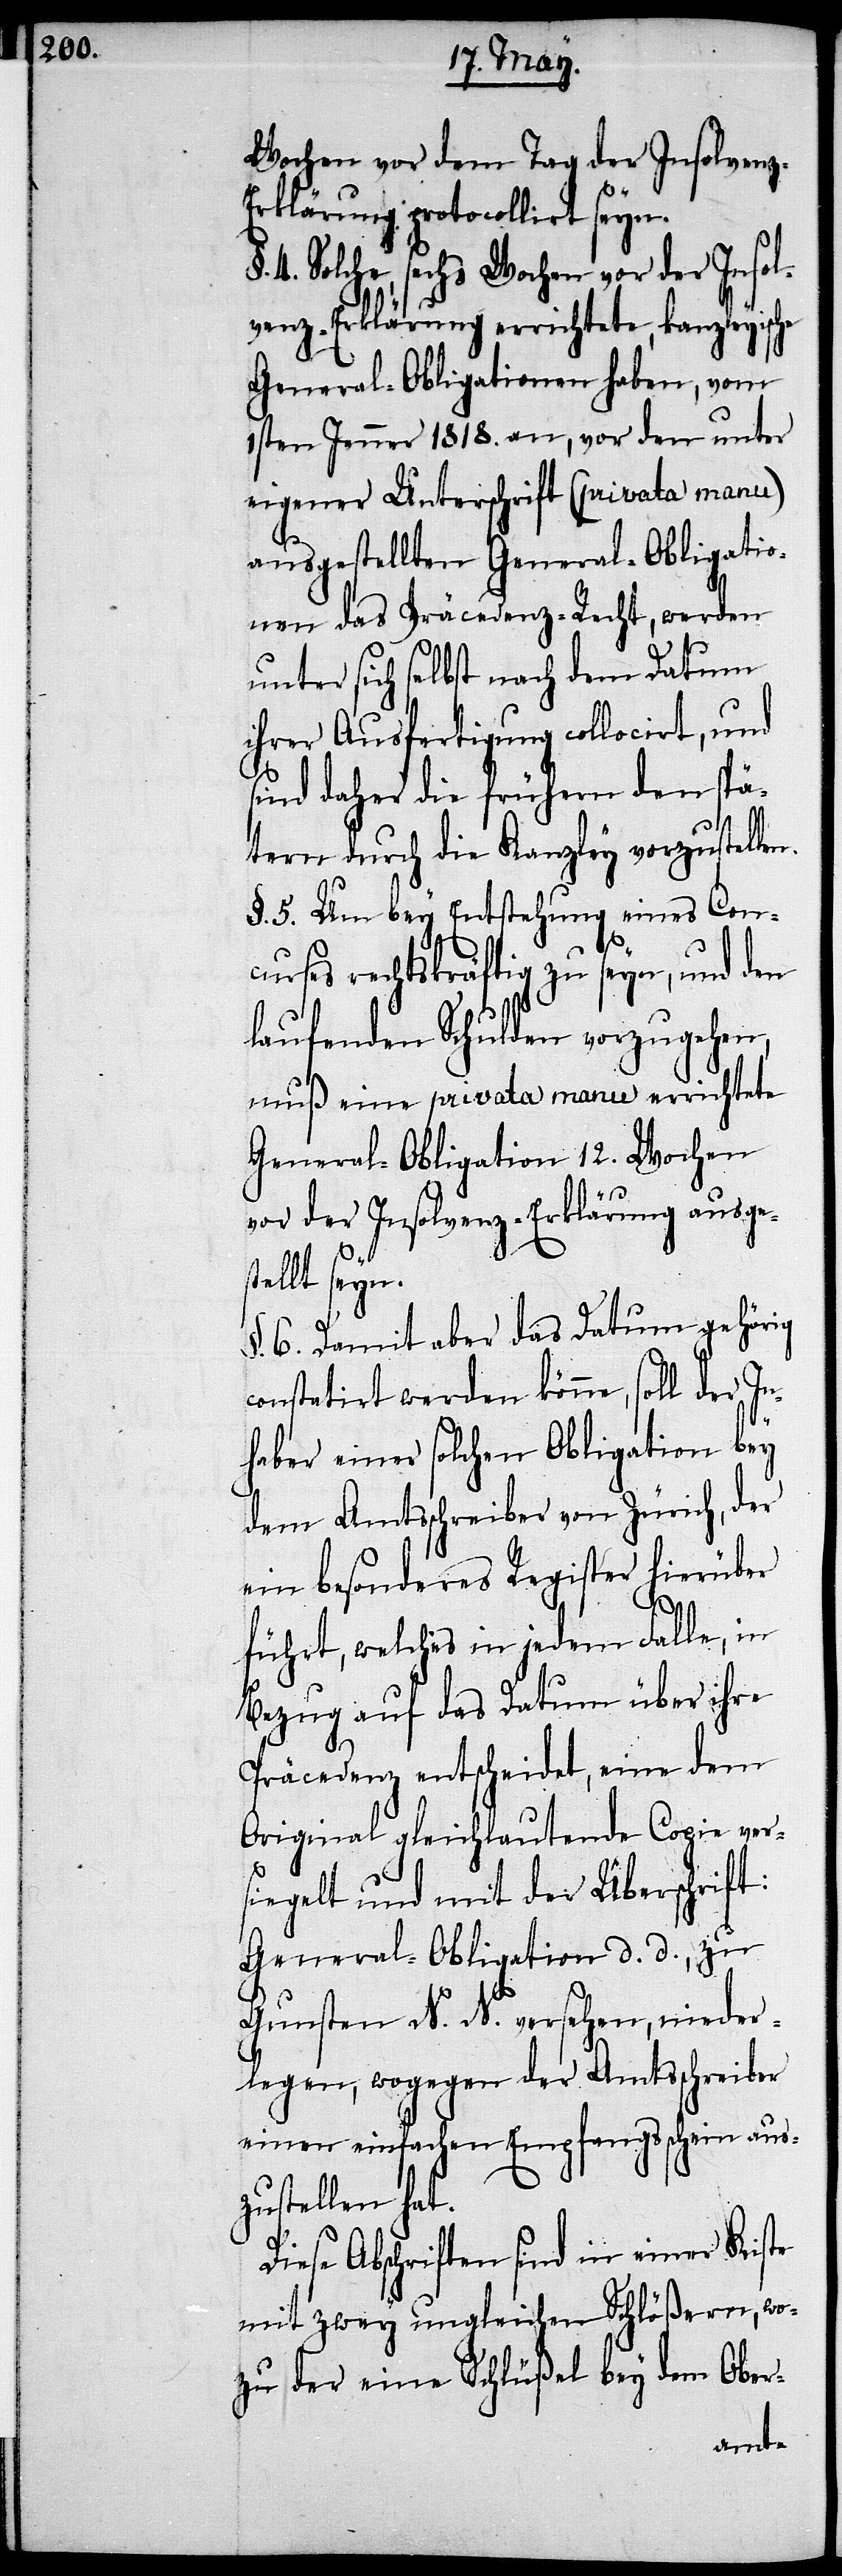
Wochen vor dem Tag der Insolven¬
z-Erklärung protocollirt seyn.
4. Solche, sechs Wochen vor der Insol¬
venz-Erklärung errichtete, kanzleyisc¬
General-Obligationen haben, vom
1sten Jenner 1818. an, vor den unter
eigener Unterschrift (privata manu)
ausgestellten General-Obligatio¬
nen des Präcedenz-Recht, werden
unter sich selbst nach dem Datum
ihrer Ausfertigung collocirt, und
sind daher die frühern den spä¬
tern durch die Kanzley vorzustelle¬
§. 5. Um bey Entstehung eines Con¬
curses rechtskräftig zu seyn, und den
laufenden Schulden vorzugehen,
muß eine privata manu errichtete
General-Obligation 12. Wochen
vor der Insolvenz-Erklärung ausges¬
tellt seyn.
§. 6. Damit aber das Datum gehörig
constatirt werden könne, soll der In¬
n.
haber einer solchen Obligation bey
dem Amtsschreiber von Zürich, der
ein besonderes Register hierüber
führt, welches in jedem Falle, in
Bezug auf das Datum über ihre
Präcedenz entscheidet, eine dem
Original gleichlautende Copie ver¬
siegelt und mit der Überschrift:
General-Obligation d. d., zu
Gunsten N. N. versehen, nieder¬
legen, wogegen der Amtsschreiber
einen einfachen Empfangsschein aus¬
zustellen hat.
Diese Abschriften sind in einer Kiste
mit zwey ungleichen Schlößern, wo¬
zu der eine Schlüßel bey dem Ober-